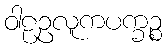
ဝါဠဥလူကပက္ခဉ္စ